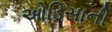
ઓડિસાની